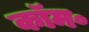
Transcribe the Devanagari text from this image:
कॉम॰